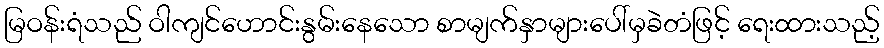
မြဝန်းရံသည် ဝါကျင်ဟောင်းနွမ်းနေသော စာမျက်နှာများပေါ်မှခဲတံဖြင့် ရေးထားသည့်